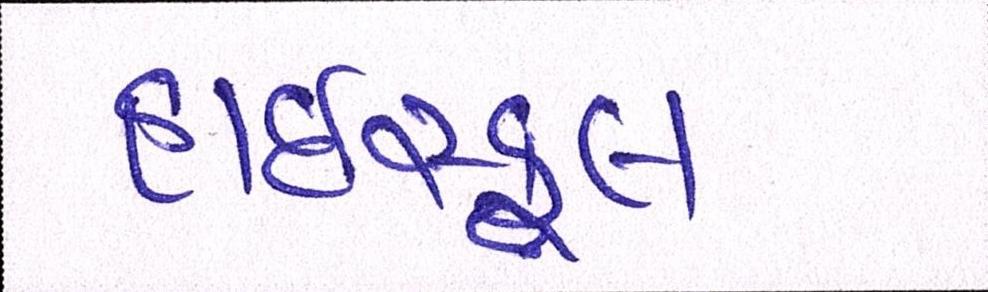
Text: હાઇસ્કૂલ